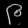
Digit: ၉